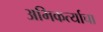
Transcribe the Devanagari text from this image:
अभिकर्त्याचा